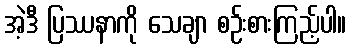
အဲ့ဒီ ပြဿနာကို သေချာ စဉ်းစားကြည့်ပါ။